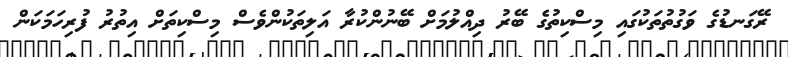
ރޭގަނޑުގެ ވަގުތުތަކުގައި މިސްކިތުގެ ބޭރު ދިއްލުމަށް ބޭނުންކުރާ އަލިތަކުންވެސް މިސްކިތަށް އިތުރު ފުރިހަމަކަން